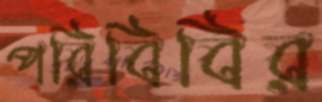
পরিবিবির